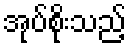
အုပ်စိုးသည့်